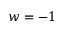
w = - 1